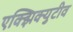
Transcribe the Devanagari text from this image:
एक्झिक्युटीव